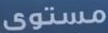
مستوى